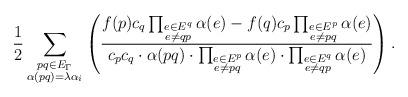
LaTeX: \begin{align*}\frac{1}{2}\sum_{\substack{pq\in E_\Gamma\\ \alpha(pq)=\lambda\alpha_i\\}}\left(\frac{f(p)c_q\prod_{\substack{e\in E^q\\ e\neq qp\\}}\alpha(e)-f(q)c_p\prod_{\substack{e\in E^p\\ e\neq pq\\}}\alpha(e)}{c_pc_q\cdot\alpha(pq)\cdot\prod_{\substack{e\in E^p\\ e\neq pq\\}}\alpha(e)\cdot\prod_{\substack{e\in E^q\\ e\neq qp\\}}\alpha(e)}\right).\end{align*}